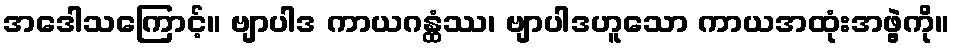
အဒေါသကြောင့်။ ဗျာပါဒ ကာယဂန္ထံဿ၊ ဗျာပါဒဟူသော ကာယအထုံးအဖွဲ့ကို။